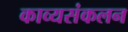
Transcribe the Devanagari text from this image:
काव्यसंकलन